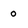
Character: 0